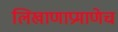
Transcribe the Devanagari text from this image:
लिखाणाप्रमाणेच